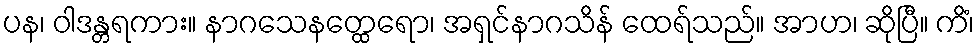
ပန၊ ဝါဒန္တရကား။ နာဂသေနတ္ထေရော၊ အရှင်နာဂသိန် ထေရ်သည်။ အာဟ၊ ဆိုပြီ။ ကိံ၊